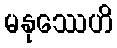
မနုဿေဟိ